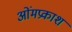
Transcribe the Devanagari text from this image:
ओंमप्रकाश